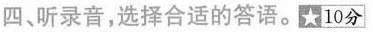
四、听录音,选择合适的答语。10分